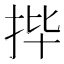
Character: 𫼣